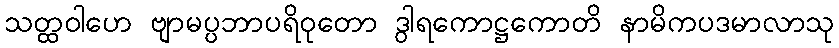
သတ္ထဝါဟေ ဗျာမပ္ပဘာပရိဝုတော ဒွါရကောဋ္ဌကောတိ နာမိကပဒမာလာသု